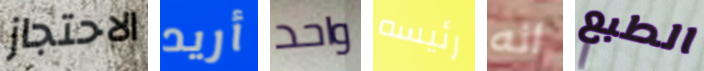
الاحتجاز أريد واحد رئيسه انه الطبع